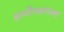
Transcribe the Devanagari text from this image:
हाजीमलंगला